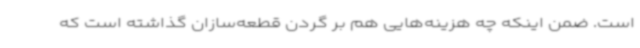
است. ضمن اینکه چه هزینه‌هایی هم بر گردن قطعه‌سازان گذاشته است که